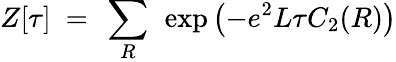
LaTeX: Z[\tau]~=~\sum_{R}~\exp\left(-e^{2}L\tau C_{2}(R)\right)